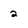
Character: 2